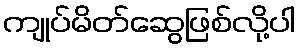
ကျုပ်မိတ်ဆွေဖြစ်လို့ပါ